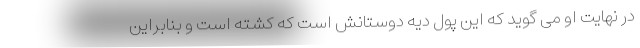
در نهایت او می گوید که این پول دیه دوستانش است که کشته است و بنابراین